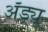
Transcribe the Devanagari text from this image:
ॲंड्र्यू